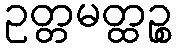
ဥတ္တမတ္ထဉ္စ